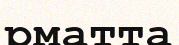
рматта